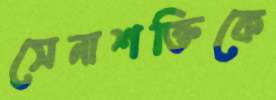
সেনাশক্তিকে